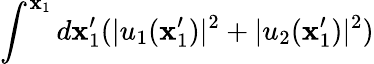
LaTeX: \int^{\mathbf{x}_{1}}d\mathbf{x}_{1}^{\prime}(|u_{1}(\mathbf{x}_{1}^{\prime})|^{2}+|u_{2}(\mathbf{x}_{1}^{\prime})|^{2})